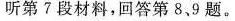
听第7段材料，回答第 8、9 题.